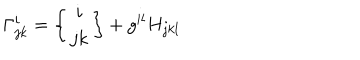
LaTeX: \Gamma _ { j k } ^ { i } = \left\{ \begin{array} { c } { { i } } \\ { { j k } } \\ \end{array} \right\} + g ^ { i l } H _ { j k l }